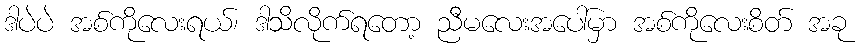
ဒါပဲပဲ အစ်ကိုလေးရယ်၊ ဒါသိလိုက်ရတော့ ညီမလေးအပေါ်မှာ အစ်ကိုလေးစိတ် အခု